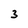
Character: 3